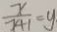
\frac { x } { 2 4 1 } = y